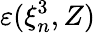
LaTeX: \varepsilon(\xi_{n}^{3},Z)